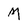
Character: M